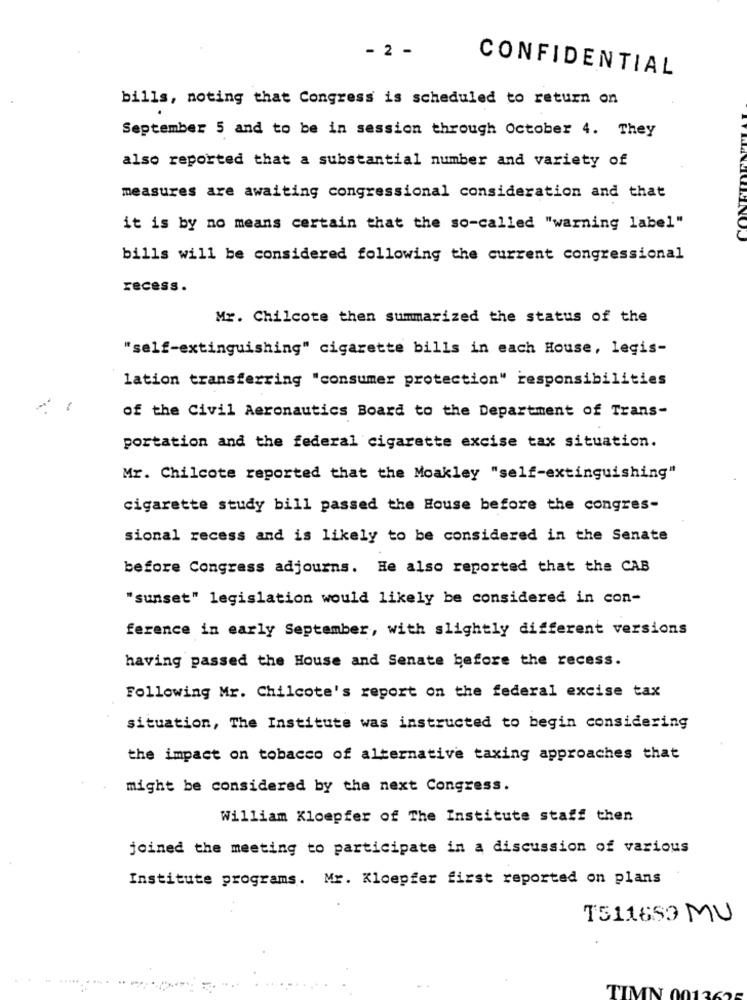
- 2 -
CONFIDENTIAL
bills, noting that Congress is scheduled to return on
September 5 and to be in session through October 4. They
also reported that a substantial number and variety of
measures are awaiting congressional consideration and that
it is by no means certain that the so-called "warning label"
bills will be considered following the current congressional
recess.
Mr. Chilcote then summarized the status of the
"self-extinguishing" cigarette bills in each House, legis-
lation transferring "consumer protection" responsibilities
of the Civil Aeronautics Board to the Department of Trans-
portation and the federal cigarette excise tax situation.
Mr. Chilcote reported that the Moakley "self-extinguishing"
cigarette study bill passed the House before the congres-
sional recess and is likely to be considered in the Senate
before Congress adjourns. He also reported that the CAB
"sunset" legislation would likely be considered in con-
ference in early September, with slightly different versions
having passed the House and Senate before the recess.
Following Mr. Chilcote's report on the federal excise tax
situation, The Institute was instructed to begin considering
the impact on tobacco of alternative taxing approaches that
might be considered by the next Congress.
William Kloepfer of The Institute staff then
joined the meeting to participate in a discussion of various
Institute programs. Mr. Kloepfer first reported on plans
T511653 MU
TIMN